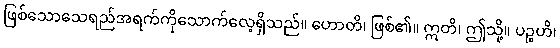
ဖြစ်သောသေရည်အရက်ကိုသောက်လေ့ရှိသည်။ ဟောတိ၊ ဖြစ်၏။ ဣတိ၊ ဤသို့။ ပဉ္စဟိ၊